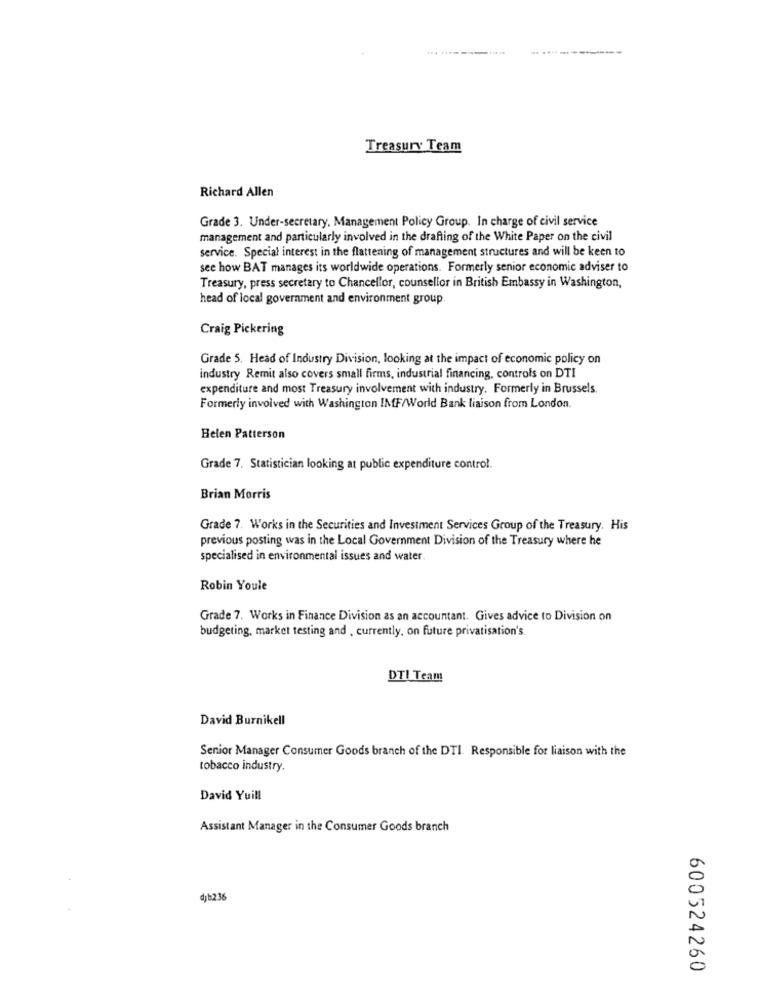
Treasury Team
Richard Allen
Grade 3. Under-secretary. Management Policy Group. In charge of civil service
management and particularly involved in the drafting of the White Paper on the civil
service. Special interest in the flattening of management structures and will be keen to
see how BAT manages its worldwide operations. Formerly senior economic adviser to
Treasury, press secretary to Chancellor, counsellor in British Embassy in Washington,
head of local government and environment group
Craig Pickering
Grade 5. Head of Industry Division, looking at the impact of economic policy on
industry Remit also covers small firms, industrial financing, controls on DTI
expenditure and most Treasury involvement with industry. Formerly in Brussels.
Formerly involved with Washington IMF/World Bank liaison from London.
Helen Patterson
Grade 7. Statistician looking at public expenditure control.
Brian Morris
Grade 7. Works in the Securities and Investment Services Group of the Treasury. His
previous posting was in the Local Government Division of the Treasury where he
specialised in environmental issues and water.
Robin Youle
Grade 7. Works in Finance Division as an accountant. Gives advice to Division on
budgeting, market testing and , currently, on future privatisation's
DTI Team
David Burnikell
Senior Manager Consumer Goods branch of the DTI. Responsible for liaison with the
tobacco industry.
David Yuill
Assistant Manager in the Consumer Goods branch
dyb236
600524260